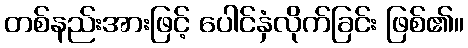
တစ်နည်းအားဖြင့် ပေါင်နှံလိုက်ခြင်း ဖြစ်၏။